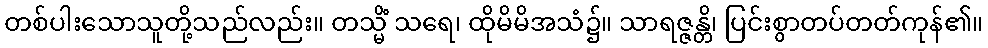
တစ်ပါးသောသူတို့သည်လည်း။ တသ္မိံ သရေ၊ ထိုမိမိအသံ၌။ သာရဇ္ဇန္တိ၊ ပြင်းစွာတပ်တတ်ကုန်၏။